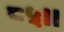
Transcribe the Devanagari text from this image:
८५।।